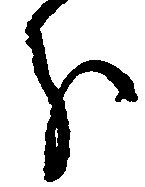
分